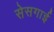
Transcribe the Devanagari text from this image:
सेसगाई